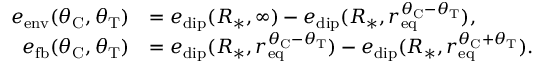
\begin{array} { r l } { e _ { \mathrm { e n v } } ( \theta _ { \mathrm { C } } , \theta _ { \mathrm { T } } ) } & { = e _ { \mathrm { d i p } } ( R _ { * } , \infty ) - e _ { \mathrm { d i p } } ( R _ { * } , r _ { \mathrm { e q } } ^ { \theta _ { \mathrm { C } } - \theta _ { \mathrm { T } } } ) , } \\ { e _ { \mathrm { f b } } ( \theta _ { \mathrm { C } } , \theta _ { \mathrm { T } } ) } & { = e _ { \mathrm { d i p } } ( R _ { * } , r _ { \mathrm { e q } } ^ { \theta _ { \mathrm { C } } - \theta _ { \mathrm { T } } } ) - e _ { \mathrm { d i p } } ( R _ { * } , r _ { \mathrm { e q } } ^ { \theta _ { \mathrm { C } } + \theta _ { \mathrm { T } } } ) . } \end{array}